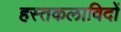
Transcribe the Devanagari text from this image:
हस्तकलाविदों